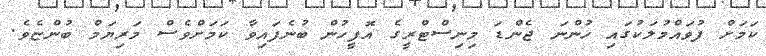
ކަމަށް ފުވައްމުލަކުގައި ހުންނަ ޖެންޑަ މިނިސްޓްރީގެ އޮފީހުން ބުނެފައިވާ ކަމަށްވެސް މަރިޔަމް ބުންޏެވެ.